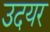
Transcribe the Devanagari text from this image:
उदयर